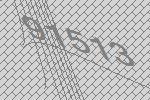
91513